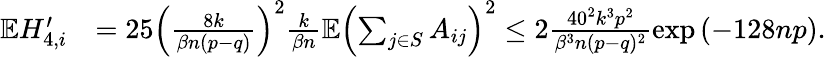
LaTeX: \begin{array}{rl}{\mathbb{E}H_{4,i}^{\prime}}&{=25\left(\frac{8k}{\beta n(p-q)}\right)^{2}\frac{k}{\beta n}\mathbb{E}\left(\sum_{j\in S}A_{ij}\right)^{2}\leq 2\frac{40^{2}k^{3}p^{2}}{\beta^{3}n(p-q)^{2}}\exp\left(-128np\right).}\end{array}